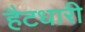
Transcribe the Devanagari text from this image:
हैटधारी